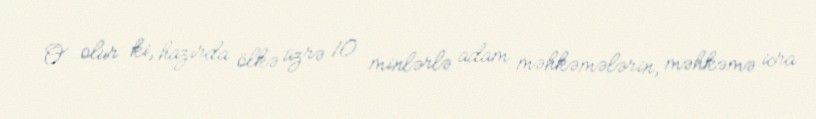
O olur ki, hazırda ölkə üzrə 10 minlərlə adam məhkəmələrin, məhkəmə icra